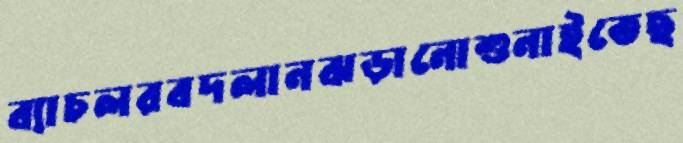
ব্যাচলরবদলানঝড়ানোশুনাইতেছ